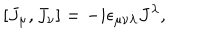
LaTeX: [ J _ { \mu } , J _ { \nu } ] = - i \epsilon _ { \mu \nu \lambda } J ^ { \lambda } ,